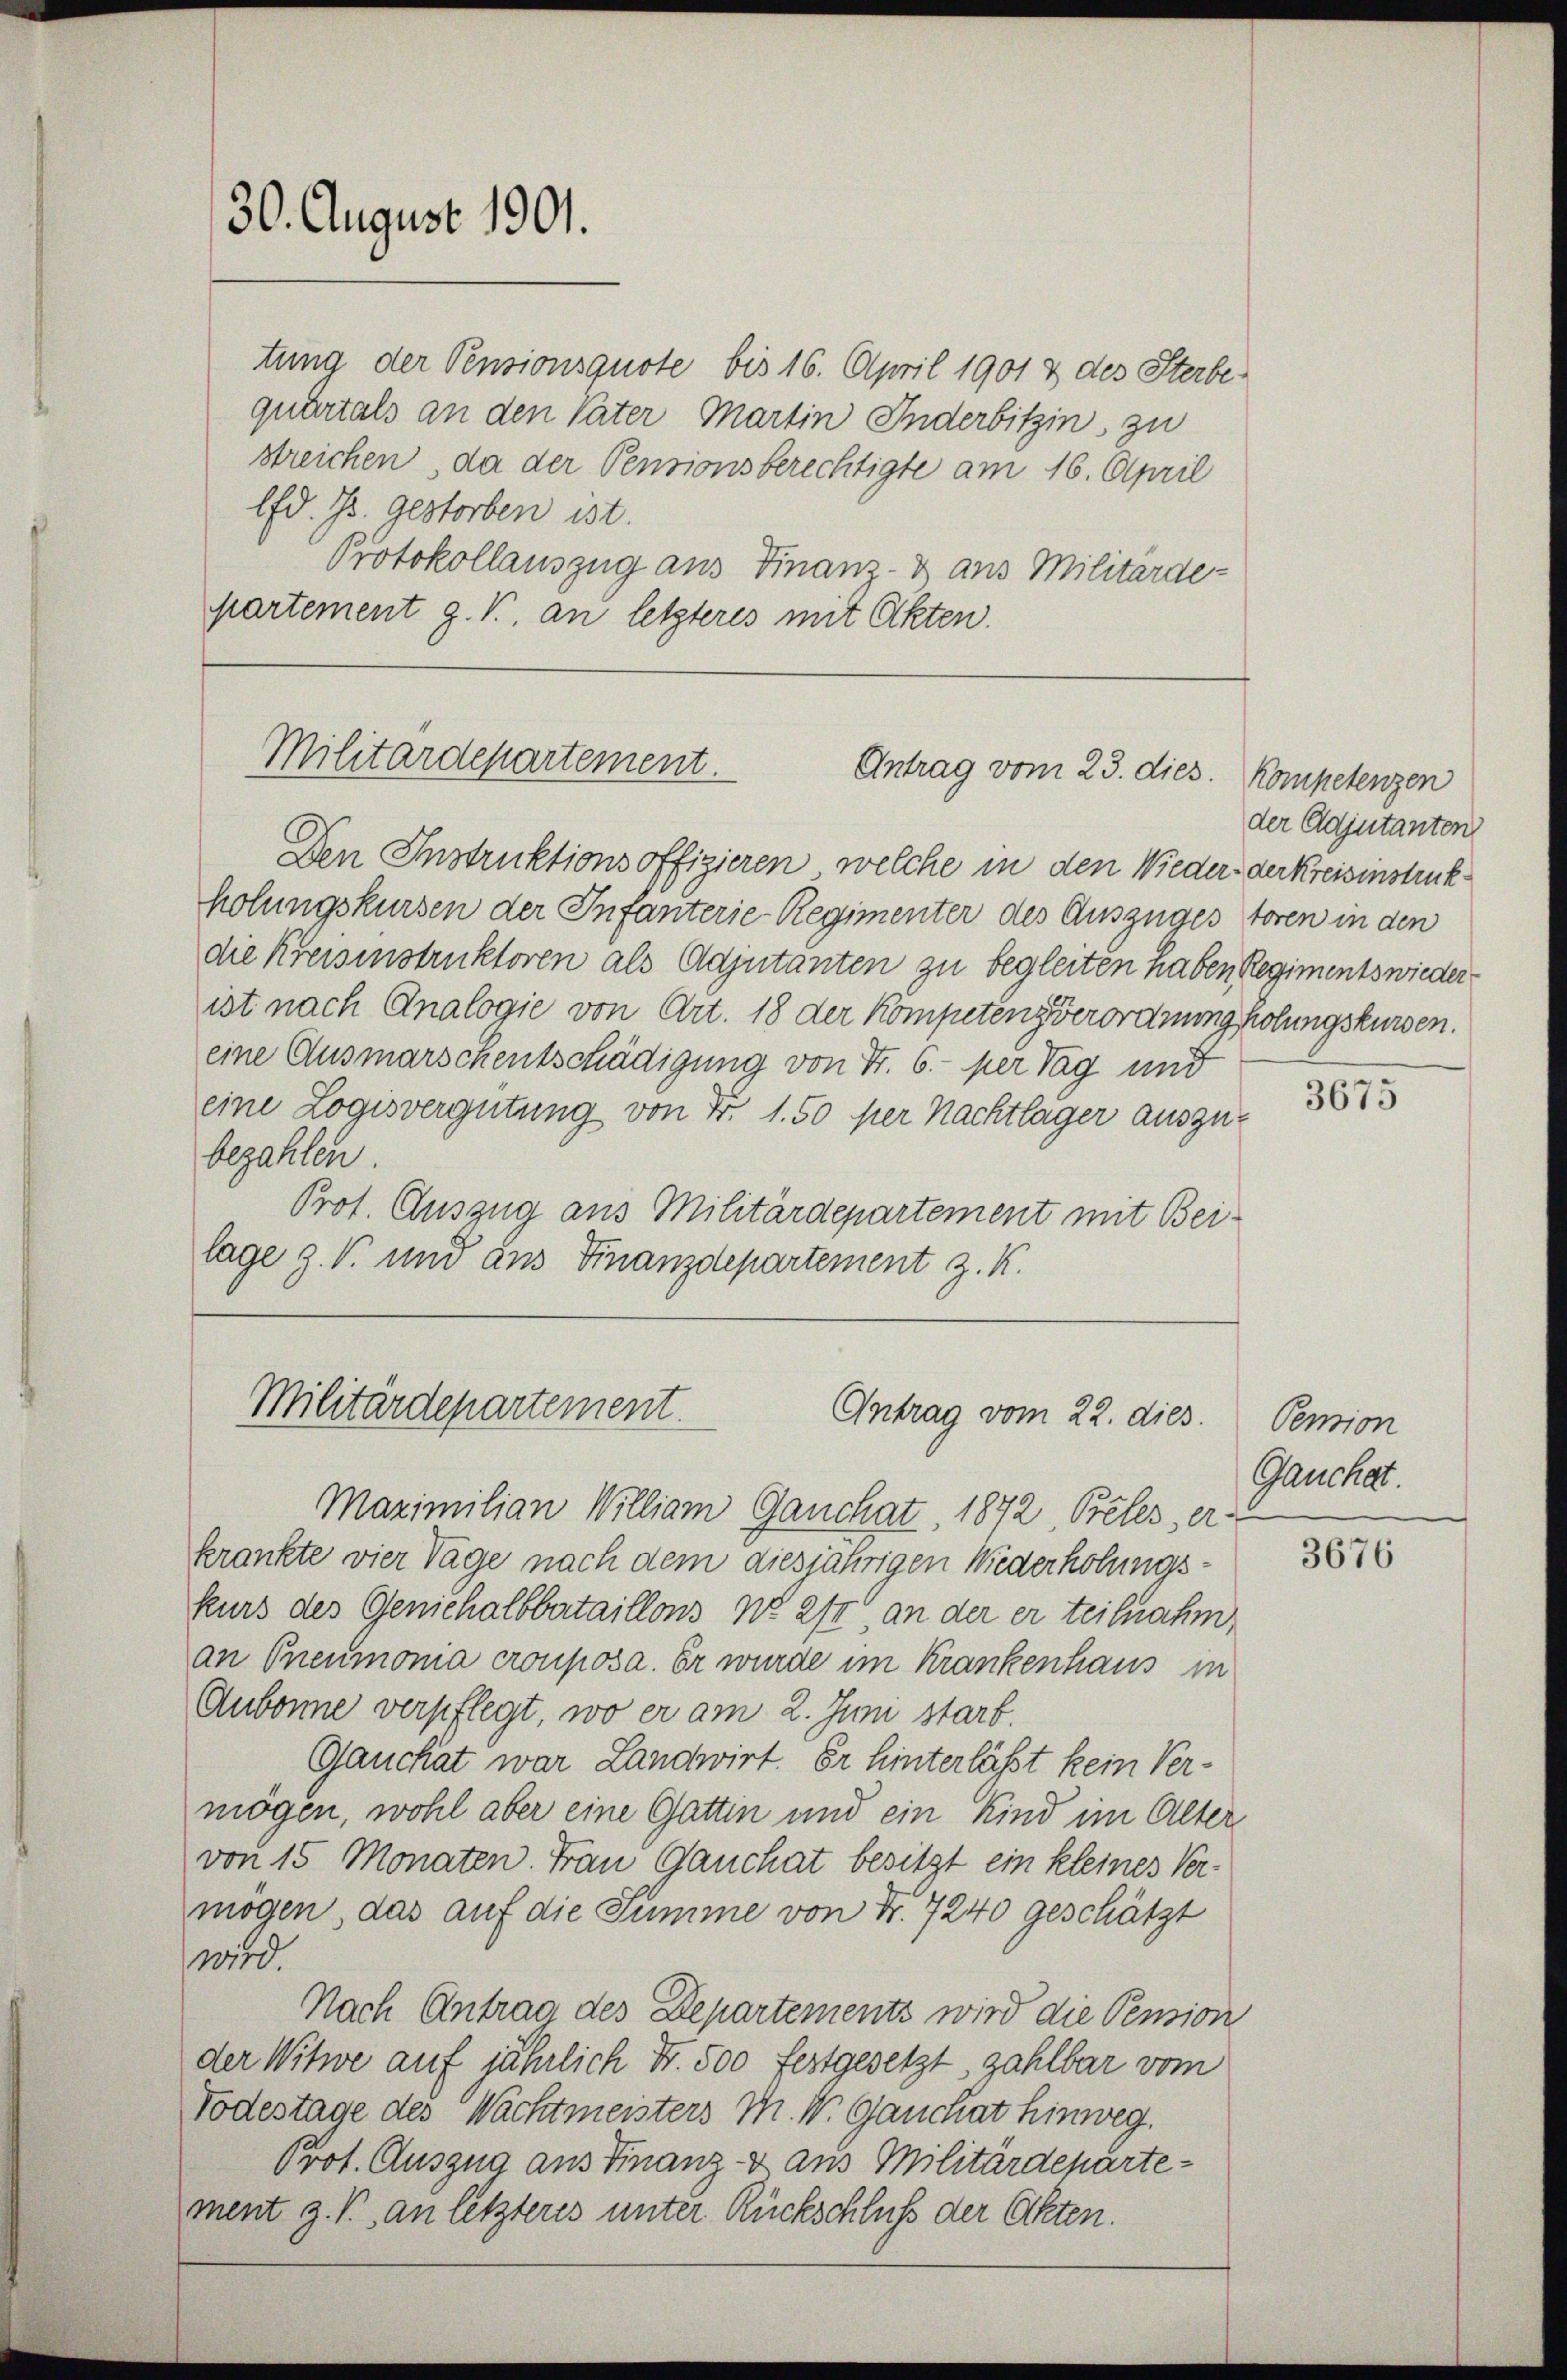
30. August 1901.

tung der Pensionsquote bis 16. April 1901 & des Sterbequartals an den Vater Martin Inderbitzin zu
streichen, da der Pensionsberechtigte am 16. April
lfd. Js. gestorben ist.
Protokollauszug aus Finanz- & aus Militärde-
partement g. T. an letzteres mit Akten.

Militärdepartement.
Antrag vom 23. dies. Kompetenzen

Den Instruktionsoffizieren, welche in den Wieder der Kreisinstruk
holungskursen der Infanterie Regimenter des Auszugestoren in den
die Kreisinstruktoren als Adjutanten zu begleiten haben Regimentswieder
ist nach Analogie von Art. 18 der Kompetenz verordnung holungskursen.
eine Ausmarschentschädigung von Fr. 6. per Tag und
eine Logisvergütung von Fr. 1.50 per Nachtlager auszu-
bezahlen.
Prot. Auszug aus Militärdepartement mit Bei-
lage z. B. und aus Finanzdepartement z. K.

Militärdepartement.
Antrag vom 22. dies.

Maximilian William Ganchat, 1872, Beles, er
krankte vier Tage nach dem diesjährigen Wiederholungskurs des Geniehalbbataillons, wo 2fr. an der er teilnahm
an Pneumonia crouposa. Er wurde im Krankenhaus in
Aubonne verpflegt, wo er am 2. Juni starb.
Gauckat war Landwirt. Er hinterlässt kein Vermögen, wohl aber eine Gattin und ein Kind im Alter
von 15 Monaten. Frau Gauchat besitzt ein kleines Vermögen, das auf die Summe von Fr. 7240 geschätzt
1050.
Nach Antrag des Departements wird die Pension
der Witwe auf jährlich Fr. 500 festgesetzt zahlbar vom
Todestage des Wachtmeisters M. M. Ganchat hinweg.
Prof. Auszug aus Finanz- & aus Militärdepartement z. B. an letzteres unter Rückschluß der Olten.

der Adjutanten

3675

Pension
Gauchat.

3676